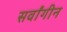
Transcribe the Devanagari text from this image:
सर्वांगीन